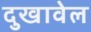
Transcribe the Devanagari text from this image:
दुखावेल